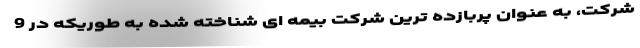
شرکت، به عنوان پربازده ترین شرکت بیمه ای شناخته شده به طوریکه در 9